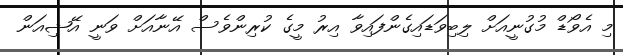
މި އެވޯޑް މުގުނީއަށް ލިބިވަޑައިގެންފައިވާ އިރު މީގެ ކުރިންވެސް އޭނާއަށް ވަނީ އޭޝިއަން